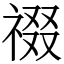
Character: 䄌